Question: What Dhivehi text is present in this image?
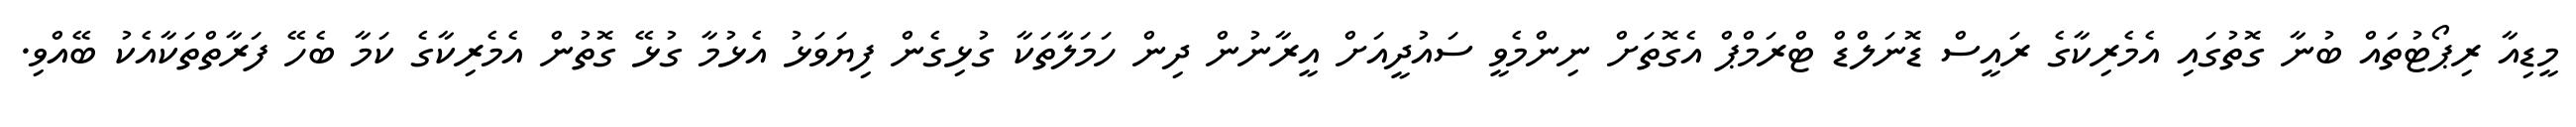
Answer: މީޑިއާ ރިޕޯޓުތައް ބުނާ ގޮތުގައި އެމެރިކާގެ ރައީސް ޑޮނަލްޑް ޓްރަމްޕް އެގޮތަށް ނިންމެވީ ސައުދީއަށް އީރާނުން ދިން ހަމަލާތަކާ ގުޅިގެން ފިޔަވަޅު އެޅުމާ ގުޅޭ ގޮތުން އެމެރިކާގެ ކަމާ ބެހޭ ފަރާތްތަކާއެކު ބޭއްވި.